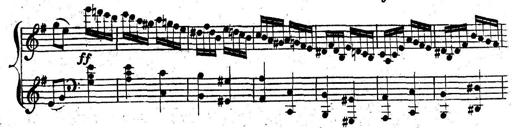
Title: Nouvelle Sonatine facile et agrÃ©able
Composer: Ignaz Moscheles
Key: G major